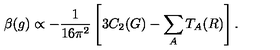
\beta ( g ) \propto - { \frac { 1 } { 1 6 \pi ^ { 2 } } } \left[ 3 C _ { 2 } ( G ) - \sum _ { A } T _ { A } ( R ) \right] .